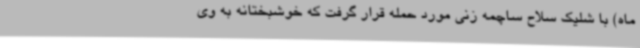
ماه) با شلیک سلاح ساچمه زنی مورد حمله قرار گرفت که خوشبختانه به وی